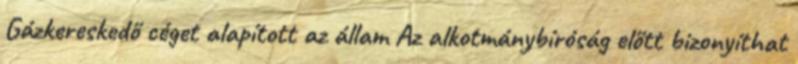
Gázkereskedő céget alapított az állam Az alkotmánybíróság előtt bizonyíthat